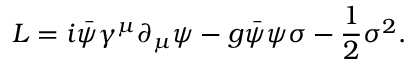
{ \cal L } = i { \bar { \psi } } \gamma ^ { \mu } \partial _ { \mu } \psi - g { \bar { \psi } } \psi \sigma - { \frac { 1 } { 2 } } \sigma ^ { 2 } .